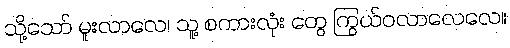
သို့သော် မူးလာလေ၊ သူ့ စကားလုံး တွေ ကြွယ်ဝလာလေလေ။